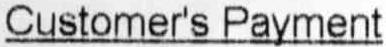
CUSTOMER'S PAYMENT